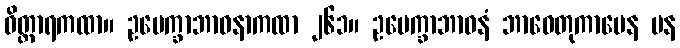
ဝိတ္ထာရကထာ။ ဥပေက္ခာဘာဝနာကထာ ၂၆၁။ ဥပေက္ခာဘာဝနံ ဘာဝေတုကာမေန ပန